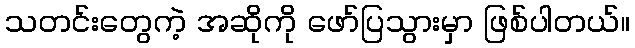
သတင်းတွေကဲ့ အဆိုကို ဖော်ပြသွားမှာ ဖြစ်ပါတယ်။